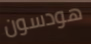
هودسون